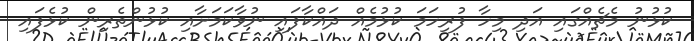
ކުޅުނު މެޗެއްގައި އަދި މިހާ ފުރިހަމަ ކުޅުމެއް ދައްކާފައި ނުވާކަމަށާއި ކުޅުންތެރިން ކުޅެފައި